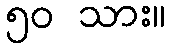
၅၀ သား။